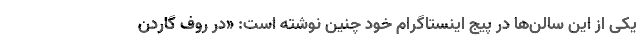
یکی از این سالن‌ها در پیج اینستاگرام خود چنین نوشته است: «در روف گاردن